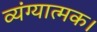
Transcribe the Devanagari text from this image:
व्यंग्यात्मक।